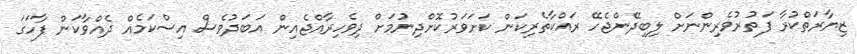
ޒިޔާރަތްކުރާ ފަތުރުވެރިންނަށް ލިބިދޭންޖެހޭ ރައްކާތެރިކަން ކަށަވަރުކޮށްދިނުމަށް ދިވެހިރާއްޖެއިން އަބަދުވެސް އިސްކަމެއް ދެއްވާކަން ފާހަގަ